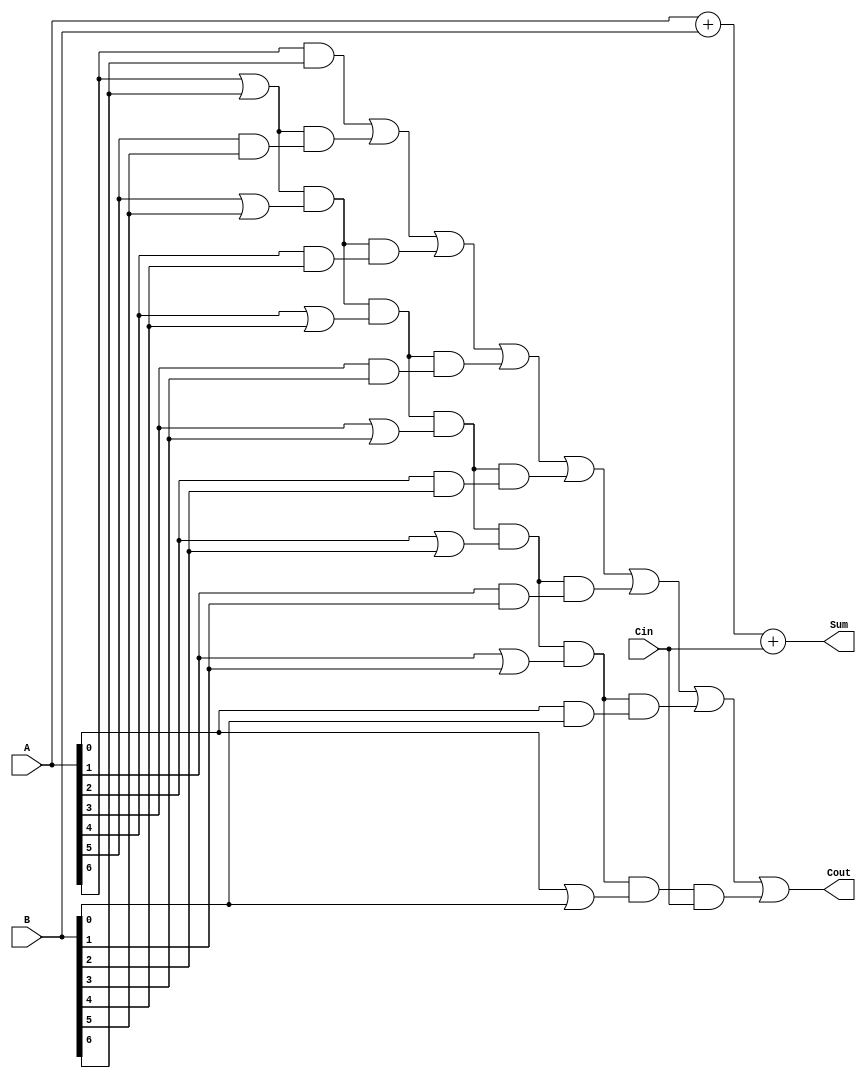
module CarryLookaheadAdder (
    input [7:0] A,
    input [7:0] B,
    input Cin,
    output [7:0] Sum,
    output Cout
);

wire [7:0] G;
wire [7:0] P;
wire [7:0] C;

genvar i;
generate
    for (i = 0; i < 8; i = i + 1) begin: gen_block
        assign G[i] = A[i] & B[i];
        assign P[i] = A[i] | B[i];
    end
endgenerate

assign C[0] = Cin;
assign C[1] = G[0] | (P[0] & Cin);
assign C[2] = G[1] | (P[1] & G[0]) | (P[1] & P[0] & Cin);
assign C[3] = G[2] | (P[2] & G[1]) | (P[2] & P[1] & G[0]) | (P[2] & P[1] & P[0] & Cin);
assign C[4] = G[3] | (P[3] & G[2]) | (P[3] & P[2] & G[1]) | (P[3] & P[2] & P[1] & G[0]) | (P[3] & P[2] & P[1] & P[0] & Cin);
assign C[5] = G[4] | (P[4] & G[3]) | (P[4] & P[3] & G[2]) | (P[4] & P[3] & P[2] & G[1]) | (P[4] & P[3] & P[2] & P[1] & G[0]) | (P[4] & P[3] & P[2] & P[1] & P[0] & Cin);
assign C[6] = G[5] | (P[5] & G[4]) | (P[5] & P[4] & G[3]) | (P[5] & P[4] & P[3] & G[2]) | (P[5] & P[4] & P[3] & P[2] & G[1]) | (P[5] & P[4] & P[3] & P[2] & P[1] & G[0]) | (P[5] & P[4] & P[3] & P[2] & P[1] & P[0] & Cin);
assign C[7] = G[6] | (P[6] & G[5]) | (P[6] & P[5] & G[4]) | (P[6] & P[5] & P[4] & G[3]) | (P[6] & P[5] & P[4] & P[3] & G[2]) | (P[6] & P[5] & P[4] & P[3] & P[2] & G[1]) | (P[6] & P[5] & P[4] & P[3] & P[2] & P[1] & G[0]) | (P[6] & P[5] & P[4] & P[3] & P[2] & P[1] & P[0] & Cin);

assign Sum = A + B + Cin;
assign Cout = C[7];

endmodule